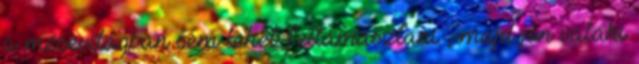
a mesevilágban sem lehet feltámasztani , majd jön valaki